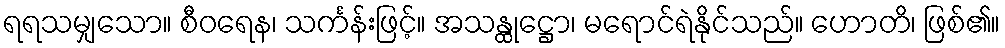
ရရသမျှသော။ စီဝရေန၊ သင်္ကန်းဖြင့်။ အသန္ထုဋ္ဌော၊ မရောင်ရဲနိုင်သည်။ ဟောတိ၊ ဖြစ်၏။